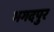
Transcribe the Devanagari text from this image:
भगदपुर